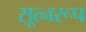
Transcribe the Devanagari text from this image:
सूत्नरूप